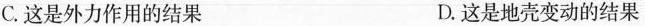
C.这是外力作用的结果 D.这是地壳变动的结果